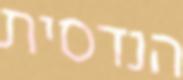
הנדסית